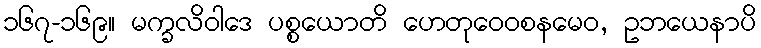
၁၆၇-၁၆၉။ မက္ခလိဝါဒေ ပစ္စယောတိ ဟေတုဝေဝစနမေဝ, ဥဘယေနာပိ